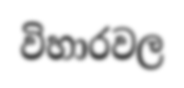
විහාරවල